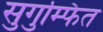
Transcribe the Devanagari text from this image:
सुगुम्फित